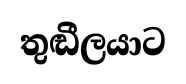
තුඬීලයාට